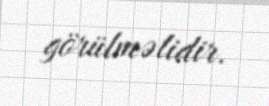
görülməlidir.